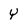
Character: Y